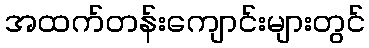
အထက်တန်းကျောင်းများတွင်